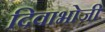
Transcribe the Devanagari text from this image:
दिवाभोजी